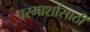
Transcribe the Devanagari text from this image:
परमार्शासाठी